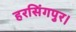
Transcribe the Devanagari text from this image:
हरसिंगपुर।